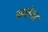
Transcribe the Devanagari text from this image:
वनांना